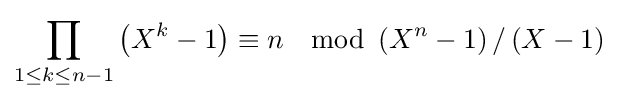
\prod _{1\leq k\leq n-1}\left(X^{k}-1\right)\equiv n\mod \left(X^{n}-1\right)/\left(X-1\right)